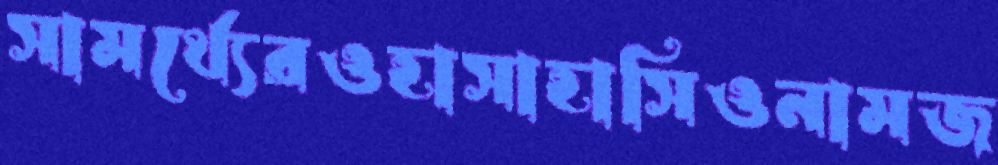
সামর্থ্যেরওহাসাহাসিওনামজ